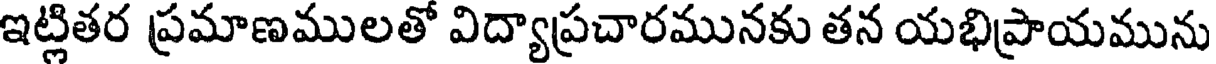
ఇట్లితర ప్రమాణములతో విద్యాప్రచారమునకు తన యభిప్రాయమును